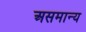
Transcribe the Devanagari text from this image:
असमान्‍य